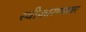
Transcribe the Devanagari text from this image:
स्वीकारण्यावर